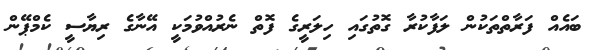
ބައެއް ފަރާތްތަކުން ލަފާކުރާ ގޮތުގައި ހިލަރީގެ ފޮތް ނެރުއްވުމަކީ އޭނާގެ ރިޔާސީ ކެމްޕޭން